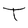
Character: T